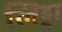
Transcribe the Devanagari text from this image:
लिड्डा